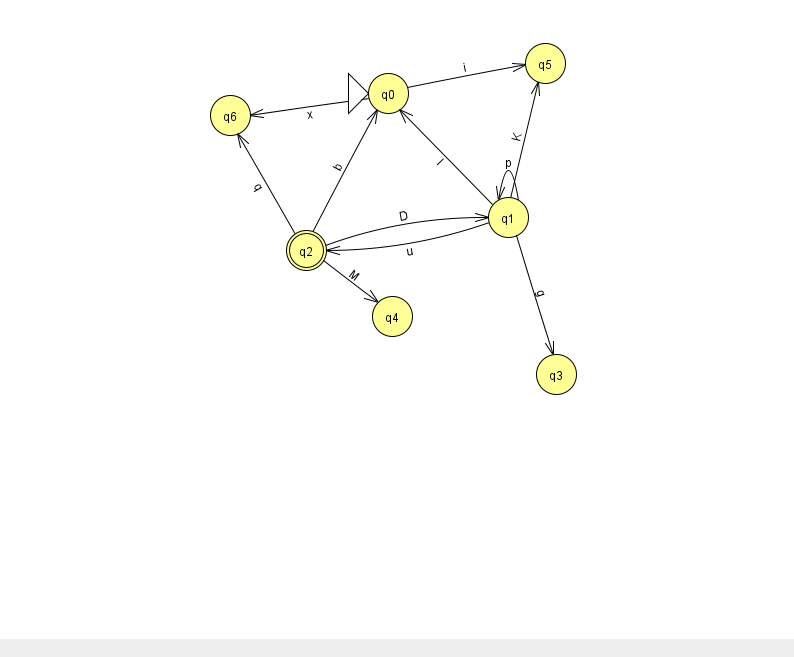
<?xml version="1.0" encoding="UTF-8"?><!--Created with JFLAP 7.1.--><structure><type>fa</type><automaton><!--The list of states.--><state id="0" name="q0"><x>388.0</x><y>80.0</y><initial/></state><state id="1" name="q1"><x>508.0</x><y>204.0</y></state><state id="2" name="q2"><x>306.0</x><y>237.0</y><final/></state><state id="3" name="q3"><x>556.0</x><y>361.0</y></state><state id="4" name="q4"><x>392.0</x><y>303.0</y></state><state id="5" name="q5"><x>545.0</x><y>50.0</y></state><state id="6" name="q6"><x>230.0</x><y>102.0</y></state><!--The list of transitions.--><transition><from>0</from><to>6</to><read>x</read></transition><transition><from>1</from><to>1</to><read>p</read></transition><transition><from>2</from><to>6</to><read>q</read></transition><transition><from>2</from><to>4</to><read>M</read></transition><transition><from>1</from><to>5</to><read>K</read></transition><transition><from>0</from><to>5</to><read>i</read></transition><transition><from>1</from><to>0</to><read>I</read></transition><transition><from>1</from><to>3</to><read>g</read></transition><transition><from>2</from><to>0</to><read>b</read></transition><transition><from>2</from><to>1</to><read>D</read></transition><transition><from>1</from><to>2</to><read>u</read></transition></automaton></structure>